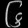
Digit: ၆